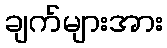
ချက်များအား